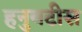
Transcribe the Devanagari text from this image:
हनुवटीस